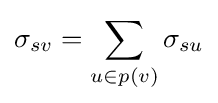
\sigma _{sv}=\sum _{u\in p(v)}\sigma _{su}